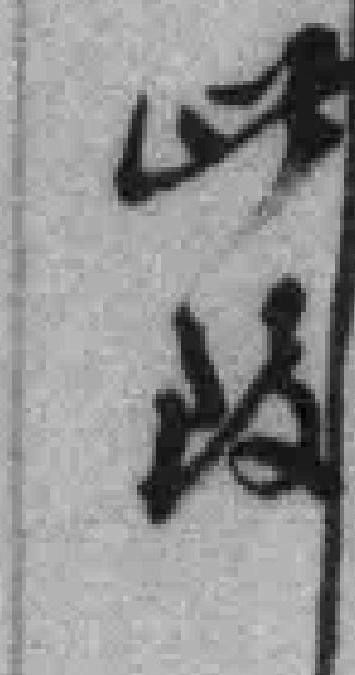
此致